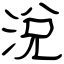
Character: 涗